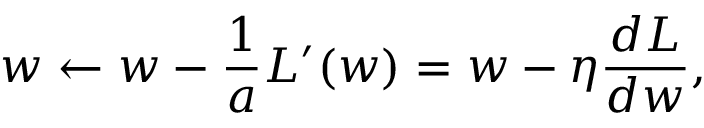
w \leftarrow w - \frac { 1 } { a } L ^ { \prime } ( w ) = w - \eta \frac { d L } { d w } ,